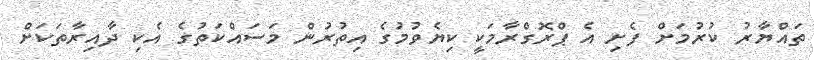
ތައްޔާރު ކުރުމަށް ފެށި އެ ޕްރޮގްރާމަކީ ކިޔެވުމުގެ އިތުރުން މަސައްކަތުގެ އެކި ދާއިރާތަކަށް